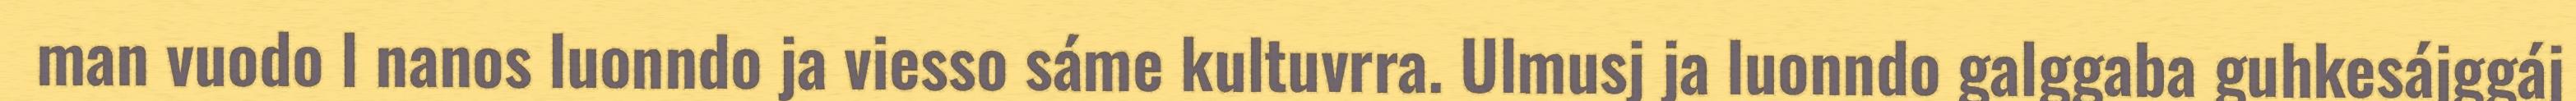
man vuodo l nanos luonndo ja viesso sáme kultuvrra. Ulmusj ja luonndo galggaba guhkesájggáj